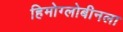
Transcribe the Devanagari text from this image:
हिमोग्लोबीनला